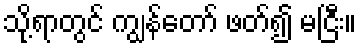
သို့ရာတွင် ကျွန်တော် ဖတ်၍ မငြီး။